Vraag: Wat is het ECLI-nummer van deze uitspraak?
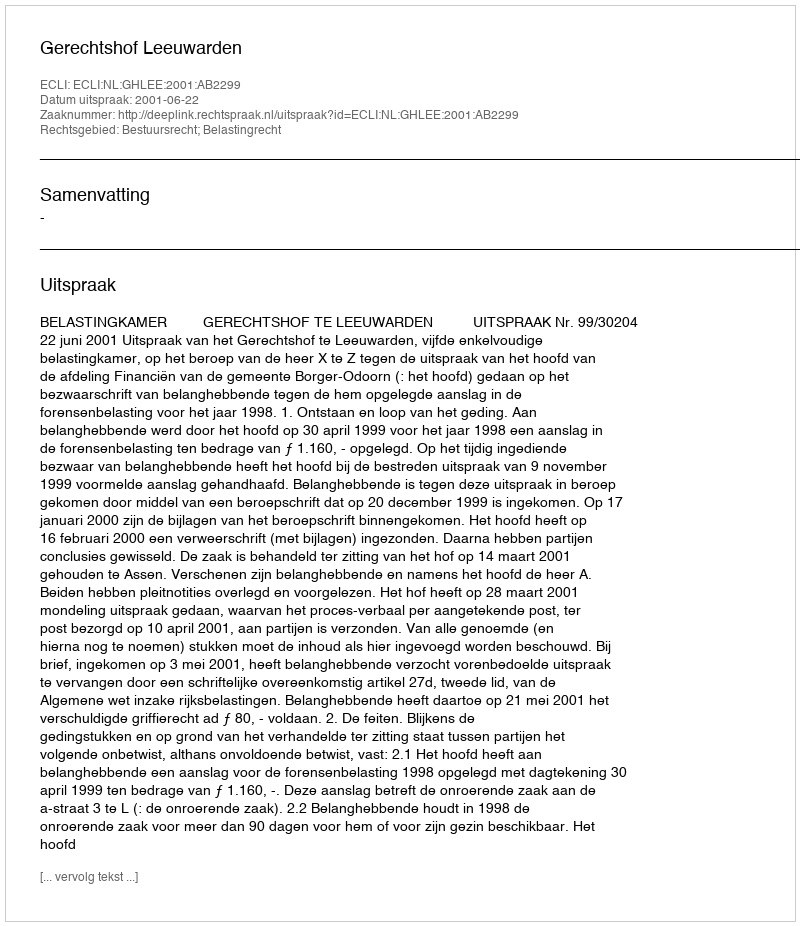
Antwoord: ECLI:NL:GHLEE:2001:AB2299